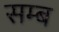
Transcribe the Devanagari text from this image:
सम्ब